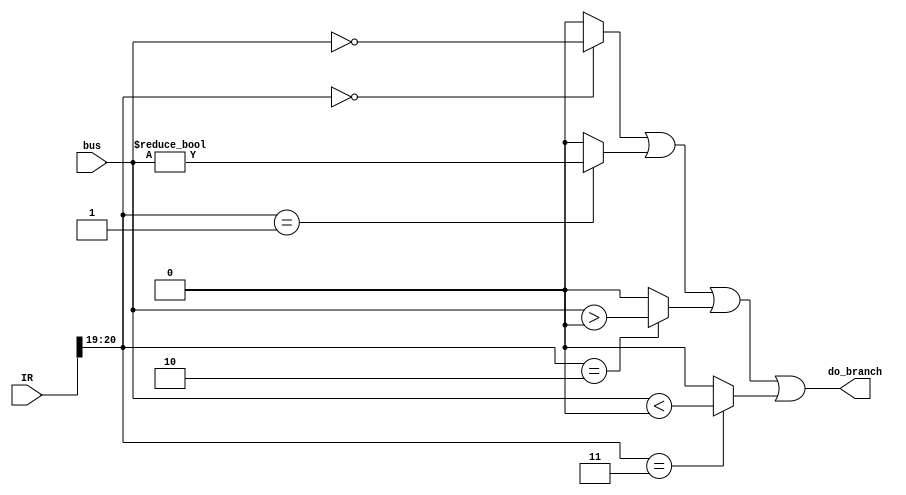
module con_ff(
    input wire [31:0] IR,
    input wire signed [31:0] bus,
    output wire do_branch
);

wire [3:0] c2 = IR[22:19];
wire [1:0] c2_low = c2[1:0];

assign do_branch = 
    // eq 0
    (c2_low==2'b00 ? bus==0 : 0) |
    // neq 0
    (c2_low==2'b01 ? bus!=0 : 0) |
    // gtr 0
    (c2_low==2'b10 ? bus>0 : 0) |
    // lessthan 0
    (c2_low==2'b11 ? bus<0 : 0)
;

endmodule